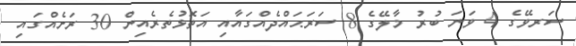
ސަރވޭގެ 4 ވަނަ ބުރު މާލޭގެ 8 ސަރަޙައްދެއްގައާއި އަތޮޅުތެރެއިން 30 ރަށެއްގައި